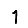
Digit: 1